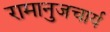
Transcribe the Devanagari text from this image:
रामानुजचार्य